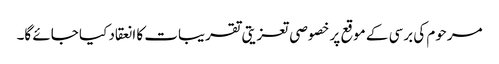
مرحوم کی برسی کے موقع پر خصوصی تعزیتی تقریبات کا انعقاد کیا جائے گا۔